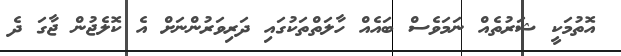
އޮތުމަކީ ޝަރުތެއް ނަމަވެސް ބައެއް ހާލަތްތަކުގައި ދަރިވަރުންނަށް އެ ކޮލެޖުން ޖާގަ ދެ